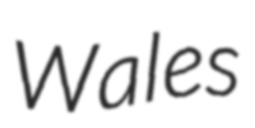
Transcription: Wales